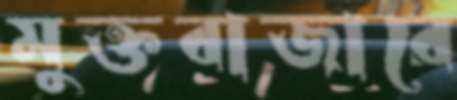
মুক্তবাজারে